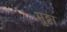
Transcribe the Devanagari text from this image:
मुठ्ठा